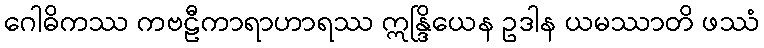
ဂေါဓိကဿ ကဗဠီကာရာဟာရဿ ဣန္ဒြိယေန ဥဒါန ယမဿာတိ ဖဿံ